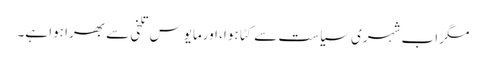
مگر اب شہری سیاست سے کٹا ہوا، اورمایوس تلخی سے بھرا ہوا ہے۔